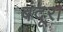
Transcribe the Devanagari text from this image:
बंदूरा